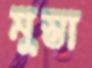
মুস্তা